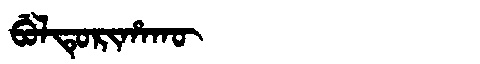
Manchu: ᠪᡠᠯᡨᡠᡵᡳᡥᠠᡴᡡ
Romanization: BULTURIHAKŪ